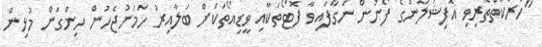
"ހަރަކާތްތެރިވި އޮފިޝަލުންގެ ފޯނުން ނަގާފައިވާ ފޮޓޯތަކާއި ވީޑިއޯތަކަށް ބަލާއިރު ހަމަނުޖެހުން ހިންގަން މުޅިން